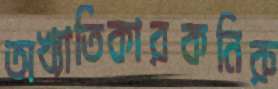
অখ্যাতিকারকনিরু